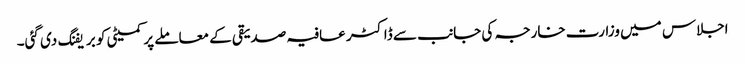
اجلاس میں وزارت خارجہ کی جانب سے ڈاکٹر عافیہ صدیقی کے معاملے پر کمیٹی کو بریفنگ دی گئی۔